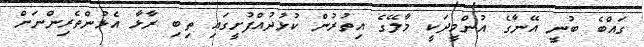
ގައްބެ ބުނީ އޭނާގެ އުންމީދަކީ މާލޭގެ އިތުރުން ކުޅުދުއްފުށީގައި ތިބި ރާޅާ އެޅުންތެރިންނަށް